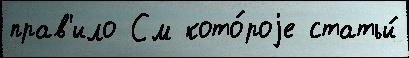
прав'ило См кото́роjе статьи́